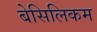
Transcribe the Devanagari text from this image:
बेसिलिकम